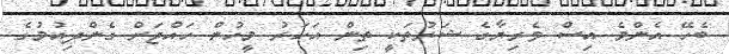
ބެހޭ އެންމެ އިސް ވެރިޔާގެ ޝަރުތަކީ ތިން އަހަރު މީހުން ހައްޖަށް ގެންދިއުމުގެ